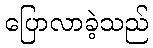
ပြောလာခဲ့သည်